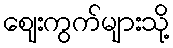
ဈေးကွက်များသို့